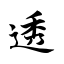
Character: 透